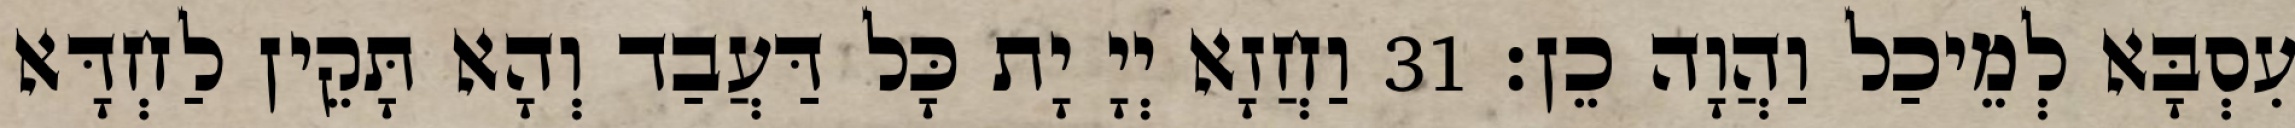
עִסְבָּא לְמֵיכַל וַהֲוָה כֵן׃ 31 וַחֲזָא יְיָ יָת כָּל דַּעֲבַד וְהָא תָּקֵין לַחְדָּא